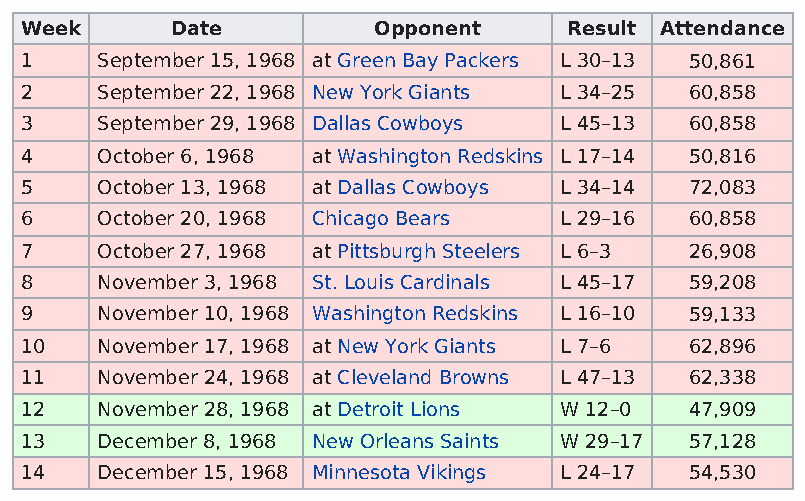
Week      Date          Opponent     Result Attendance
 1    September 15, 1968 at Green Bay Packers L 30–13 50,861
 2    September 22, 1968 New York Giants L 34–25 60,858
 3    September 29, 1968 Dallas Cowboys L 45–13 60,858
 4    October 6, 1968 at Washington Redskins L 17–14 50,816
 5    October 13, 1968 at Dallas Cowboys L 34–14 72,083
 6    October 20, 1968 Chicago Bears L 29–16  60,858
 7    October 27, 1968 at Pittsburgh Steelers L 6–3 26,908
 8    November 3, 1968 St. Louis Cardinals L 45–17 59,208
 9    November 10, 1968 Washington Redskins L 16–10 59,133
 10   November 17, 1968 at New York Giants L 7–6 62,896
 11   November 24, 1968 at Cleveland Browns L 47–13 62,338
 12   November 28, 1968 at Detroit Lions W 12–0 47,909
 13   December 8, 1968 New Orleans Saints W 29–17 57,128
 14   December 15, 1968 Minnesota Vikings L 24–17 54,530